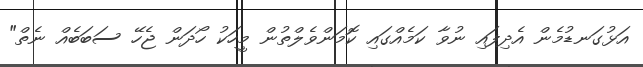
އަޅުގަނޑުމެން އެދިފައި ނުވާ ކަމެއްގައި ކޮމަންވެލްތުން މީހަކު ހޯދަން ޖެހޭ ސަބަބެއް ނެތް"